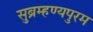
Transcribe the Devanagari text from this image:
सुब्रम्हण्यपुरम